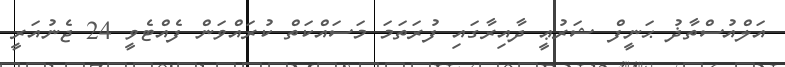
އަލްއުސްތާޛު ޙަނީފް ޝަރުޢީ ދާއިރާގައި ފުރަތަމަ މަސައްކަތް ކުރައްވަން ފެއްޓެވީ 24 ޖެނުއަރީ